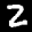
Label: 2